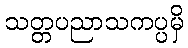
သတ္တပညာသကပ္ပမှိ